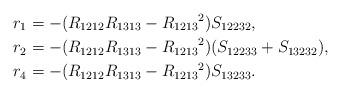
LaTeX: \begin{align*}& r_1 = -(R_{1212}R_{1313}-R_{1213}{}^2)S_{12232}, \\& r_2 = -(R_{1212}R_{1313}-R_{1213}{}^2)(S_{12233}+S_{13232}), \\& r_4 = -(R_{1212}R_{1313}-R_{1213}{}^2)S_{13233}. \end{align*}